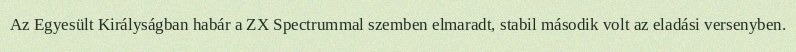
Az Egyesült Királyságban habár a ZX Spectrummal szemben elmaradt, stabil második volt az eladási versenyben.